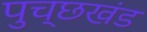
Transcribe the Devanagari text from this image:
पुच्छखंड